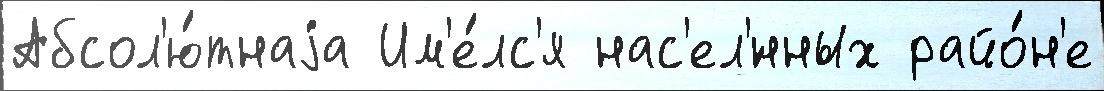
Абсол'ю́тнаjа Им'е́лс'я нас'ел'́нных райо́н'е